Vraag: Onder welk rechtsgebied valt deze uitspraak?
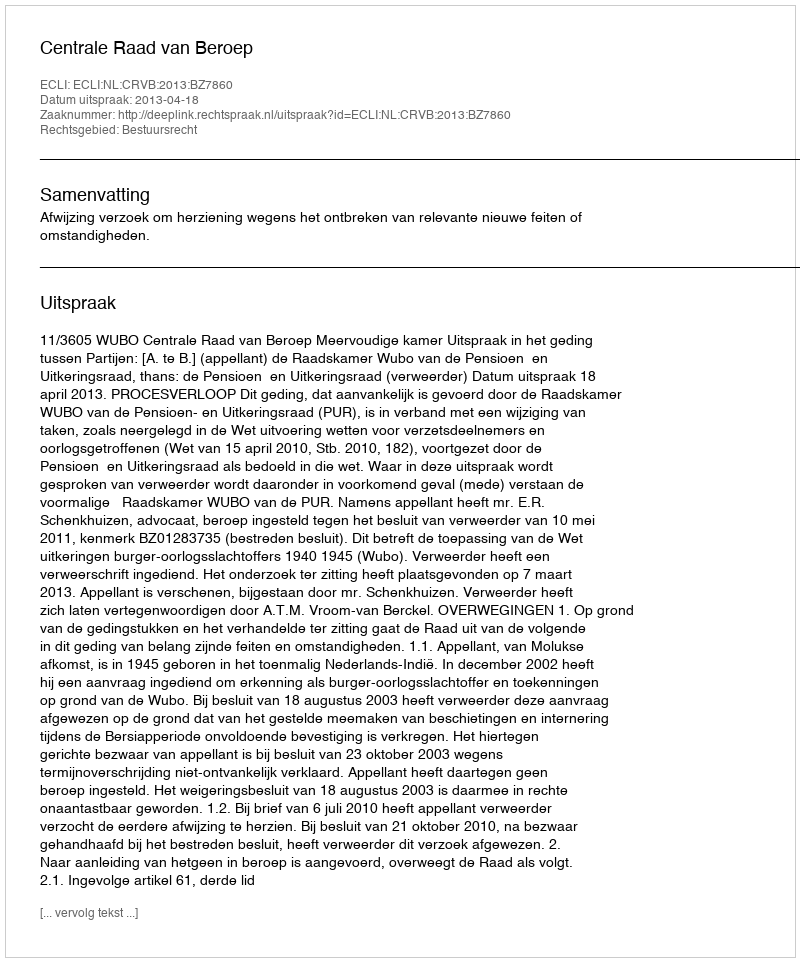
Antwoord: Bestuursrecht